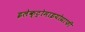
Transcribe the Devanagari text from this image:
इलेक्ट्रोमाइयोग्राफी